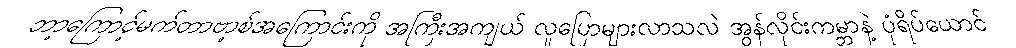
ဘာ့ကြောင့်မက်တာဗာ့စ်အကြောင်းကို အကြီးအကျယ် လူပြောများလာသလဲ အွန်လိုင်းကမ္ဘာနဲ့ ပုံရိပ်ယောင်